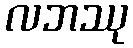
လဘဿု